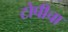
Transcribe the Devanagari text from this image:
टोपीचा